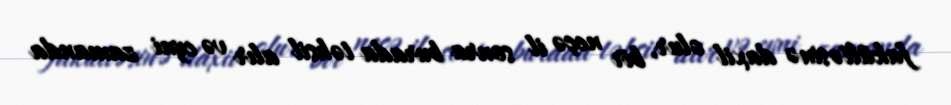
fakültəsinə daxil olur, bir neçə il sonra burada təhsil alır və eyni zamanda